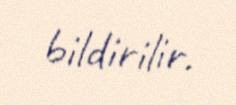
bildirilir.